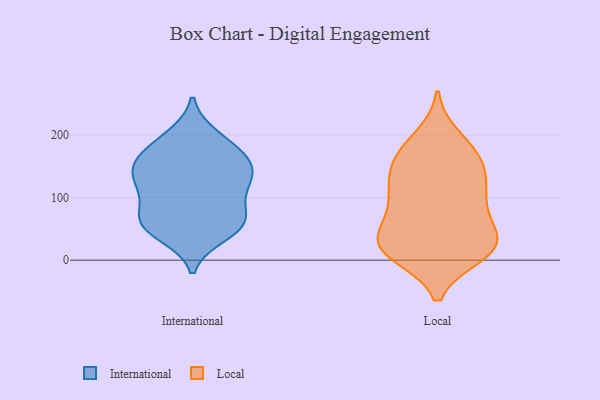
{"axis": {"x": "Net Income (USD K)", "y": "Value"}, "legend": ["International", "Local"], "data": [{"x": "", "y": 141, "type": "International"}, {"x": "", "y": 59, "type": "International"}, {"x": "", "y": 132, "type": "International"}, {"x": "", "y": 120, "type": "International"}, {"x": "", "y": 161, "type": "International"}, {"x": "", "y": 153, "type": "International"}, {"x": "", "y": 55, "type": "International"}, {"x": "", "y": 70, "type": "International"}, {"x": "", "y": 147, "type": "International"}, {"x": "", "y": 198, "type": "International"}, {"x": "", "y": 171, "type": "International"}, {"x": "", "y": 103, "type": "International"}, {"x": "", "y": 61, "type": "International"}, {"x": "", "y": 56, "type": "International"}, {"x": "", "y": 108, "type": "International"}, {"x": "", "y": 190, "type": "International"}, {"x": "", "y": 41, "type": "International"}, {"x": "", "y": 27, "type": "Local"}, {"x": "", "y": 98, "type": "Local"}, {"x": "", "y": 27, "type": "Local"}, {"x": "", "y": 146, "type": "Local"}, {"x": "", "y": 105, "type": "Local"}, {"x": "", "y": 12, "type": "Local"}, {"x": "", "y": 24, "type": "Local"}, {"x": "", "y": 10, "type": "Local"}, {"x": "", "y": 32, "type": "Local"}, {"x": "", "y": 176, "type": "Local"}, {"x": "", "y": 82, "type": "Local"}, {"x": "", "y": 138, "type": "Local"}, {"x": "", "y": 19, "type": "Local"}, {"x": "", "y": 34, "type": "Local"}, {"x": "", "y": 172, "type": "Local"}, {"x": "", "y": 195, "type": "Local"}, {"x": "", "y": 75, "type": "Local"}, {"x": "", "y": 116, "type": "Local"}, {"x": "", "y": 153, "type": "Local"}]}